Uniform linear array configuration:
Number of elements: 64
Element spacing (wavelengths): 0.5
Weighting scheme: uniform
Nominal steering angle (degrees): -45
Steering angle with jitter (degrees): -45.781
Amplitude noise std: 0.05
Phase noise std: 0.05

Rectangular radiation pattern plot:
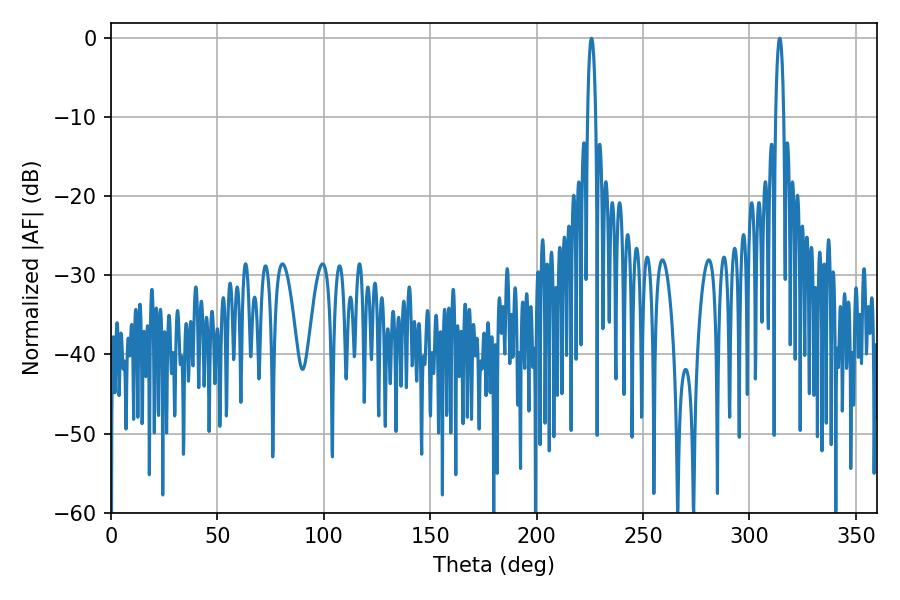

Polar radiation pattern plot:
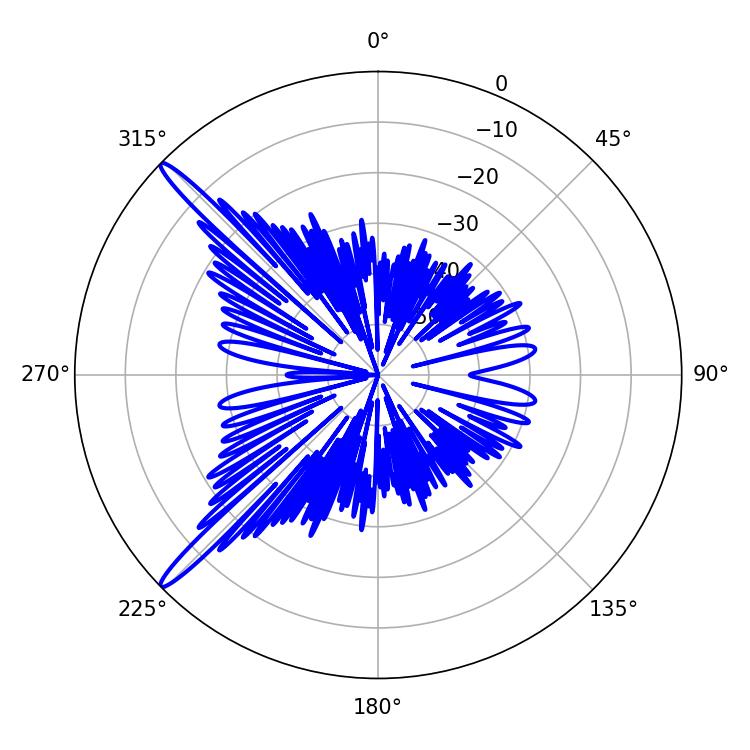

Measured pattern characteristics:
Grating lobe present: FALSE
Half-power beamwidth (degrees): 1.98
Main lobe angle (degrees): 314.28